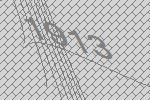
1913